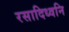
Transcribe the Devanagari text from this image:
रसादिध्वनि